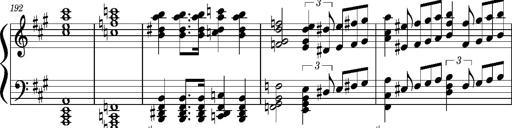
Title: Concerto sans orchestre, S.524a
Composer: Franz Liszt
Key: A major